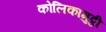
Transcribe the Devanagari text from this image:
कोलिकामुट्ठी